Civil Veterinary Department. United Provinces 1912-22 - 1912-1922
Year: 1912
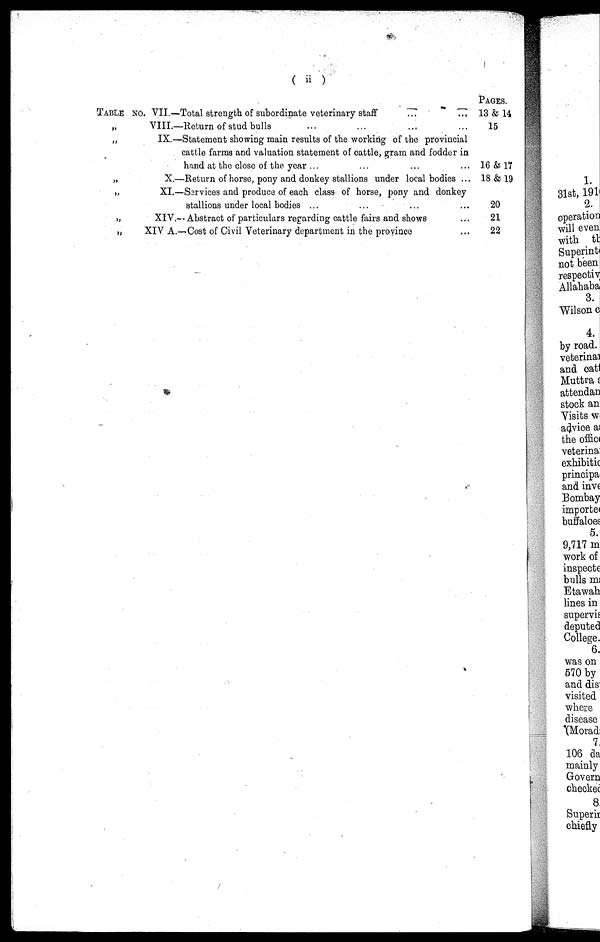
( ii )
TABLE NO. VII.—Total strength of subordinate veterinary staff … …
„
VIII.—Return of stud bulls … … … …
„
IX.—Statement showing main results of the working of the provincial
cattle farms and valuation statement of cattle, gram and fodder in
hand at the close of the year ... … … …
„
X.—Return of horse, pony and donkey stallions under local bodies ...
„
XI.—Services and produce of each class of horse, pony and donkey
stallions under local bodies ... … … …
„
XIV.—Abstract of particulars regarding cattle fairs and shows …
„
XIV A.—Cost of Civil Veterinary department in the province …
PAGES.
13 & 14
15
16 & 17
18 & 19
20
21
22